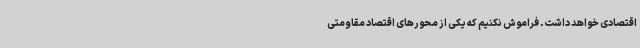
اقتصادی خواهد داشت. فراموش نکنیم که یکی از محورهای اقتصاد مقاومتی